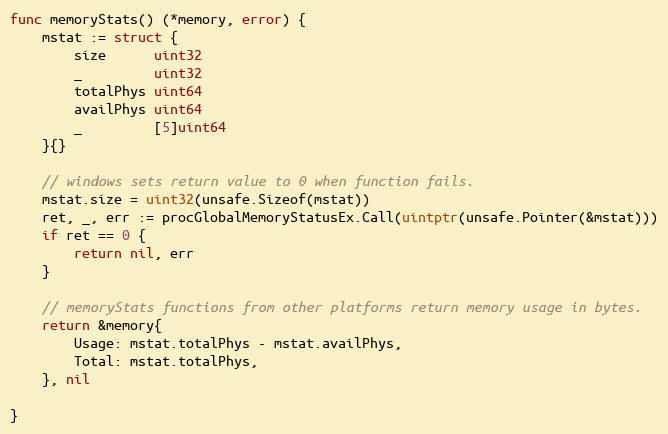
Language: Go
func memoryStats() (*memory, error) {
	mstat := struct {
		size      uint32
		_         uint32
		totalPhys uint64
		availPhys uint64
		_         [5]uint64
	}{}

	// windows sets return value to 0 when function fails.
	mstat.size = uint32(unsafe.Sizeof(mstat))
	ret, _, err := procGlobalMemoryStatusEx.Call(uintptr(unsafe.Pointer(&mstat)))
	if ret == 0 {
		return nil, err
	}

	// memoryStats functions from other platforms return memory usage in bytes.
	return &memory{
		Usage: mstat.totalPhys - mstat.availPhys,
		Total: mstat.totalPhys,
	}, nil

}